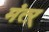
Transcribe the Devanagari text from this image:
मंत्ऱ्